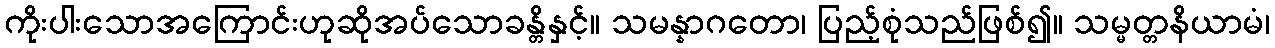
ကိုးပါးသောအကြောင်းဟုဆိုအပ်သောခန္တိနှင့်။ သမန္နာဂတော၊ ပြည့်စုံသည်ဖြစ်၍။ သမ္မတ္တနိယာမံ၊